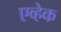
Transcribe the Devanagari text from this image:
एव्हेक